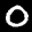
Label: 0